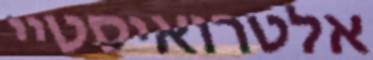
אלטרואיסטיי